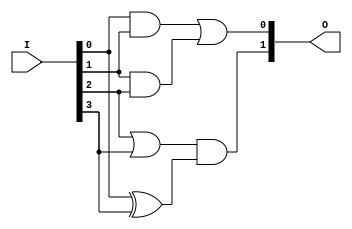
module GAL (
    input wire [N-1:0] I,  // N input signals
    output wire [M-1:0] O  // M output signals
);

// Parameter Definitions
parameter N = 4;           // Number of inputs
parameter M = 2;           // Number of outputs
parameter P = 4;           // Number of product terms

// Internal wires for product terms
wire [P-1:0] product_terms;

// Example: Programmable AND array
// For each product term, we define the logic based on the inputs.
// Here, we assume that the connections are hardcoded for simplicity.
// In an actual GAL, these would be programmable connections.

assign product_terms[0] = I[0] & I[1];    // AND term 1: I1 AND I2
assign product_terms[1] = I[1] & I[2];    // AND term 2: I2 AND I3
assign product_terms[2] = I[2] | I[3];    // AND term 3: I3 OR I4
assign product_terms[3] = I[0] ^ I[3];    // AND term 4: I1 XOR I4

// Fixed OR array to generate outputs
assign O[0] = product_terms[0] | product_terms[1]; // Output 1: P1 OR P2
assign O[1] = product_terms[2] & product_terms[3]; // Output 2: P3 AND P4

endmodule